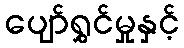
ပျော်ရွှင်မှုနှင့်